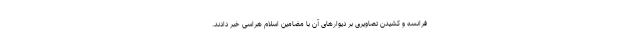
فرانسه و کشیدن تصاویری بر دیوارهای آن با مضامین اسلام هراسی خبر دادند.